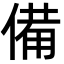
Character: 備